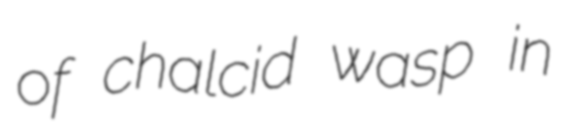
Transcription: of chalcid wasp in